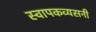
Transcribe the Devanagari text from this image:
स्वापकव्यसनी